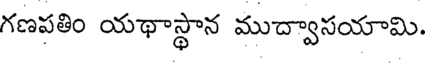
గణపతిం యథాస్థాన ముద్వాసయామి.